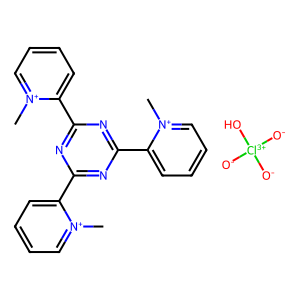
SMILES: C[n+]1ccccc1-c1nc(-c2cccc[n+]2C)nc(-c2cccc[n+]2C)n1.[O-][Cl+3]([O-])([O-])O
Inhibits HIV replication: No